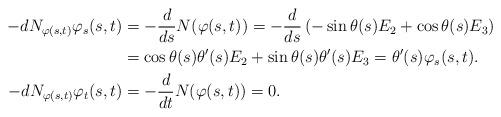
LaTeX: \begin{align*}-dN_{\varphi(s,t)} \varphi_s (s,t) &= - \frac{d}{ds} N(\varphi(s,t))= - \frac{d}{ds} \left(- \sin \theta(s) E_2 + \cos \theta(s) E_3\right) \\ &= \cos \theta(s) \theta'(s) E_2 + \sin \theta(s) \theta'(s) E_3 = \theta'(s) \varphi_s (s,t).\\-dN_{\varphi(s,t)} \varphi_t (s,t) &= - \frac{d}{dt} N(\varphi(s,t))=0. \end{align*}